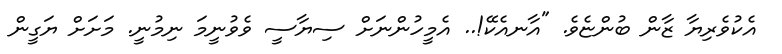
އެކުވެރިޔާ ޒާން ބުންޏެވެ. "އާނއެކޭ!.. އެމީހުންނަށް ސިޔާސީ ވެވުނީމަ ނިމުނީ. މަށަށް ޔަގީން